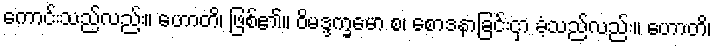
ကောင်းသည်လည်း။ ဟောတိ၊ ဖြစ်၏။ ဝိမဒ္ဒက္ခမော စ၊ စောဒနာခြင်းငှာ ခံ့သည်လည်း။ ဟောတိ၊